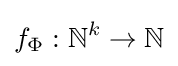
f_{\Phi }:\mathbb {N} ^{k}\rightarrow \mathbb {N}